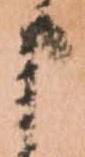
申